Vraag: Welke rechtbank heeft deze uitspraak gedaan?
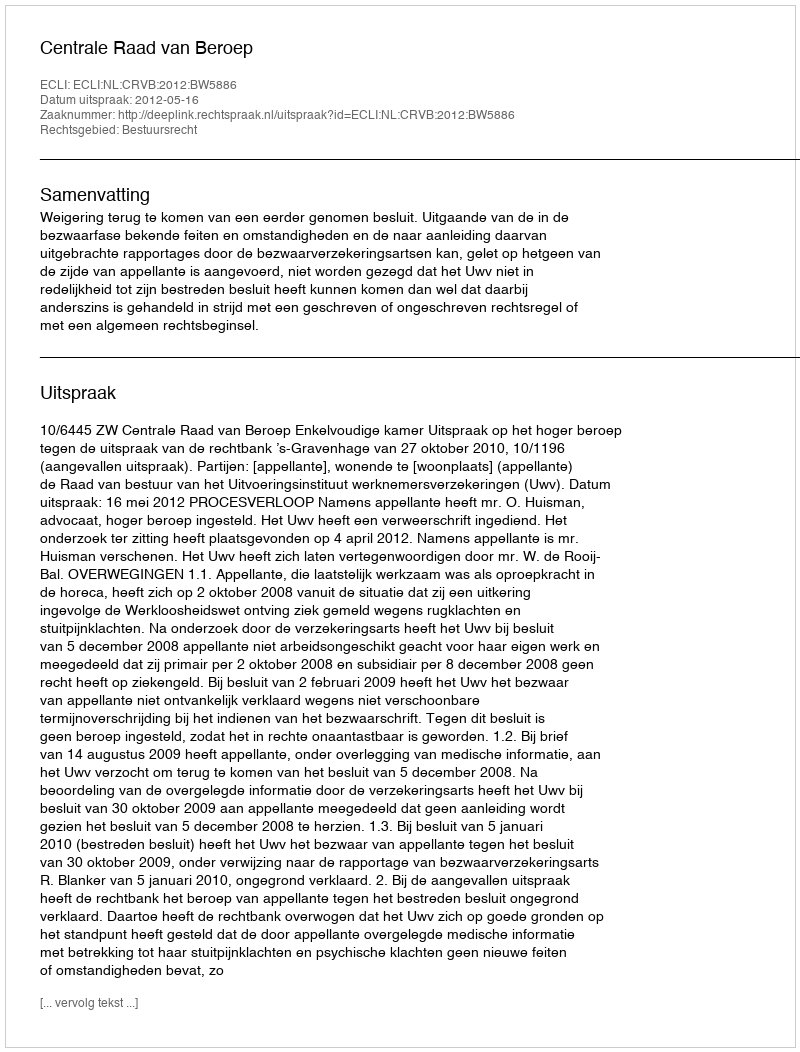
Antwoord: Centrale Raad van Beroep